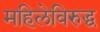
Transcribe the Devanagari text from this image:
महिलेविरुद्ध